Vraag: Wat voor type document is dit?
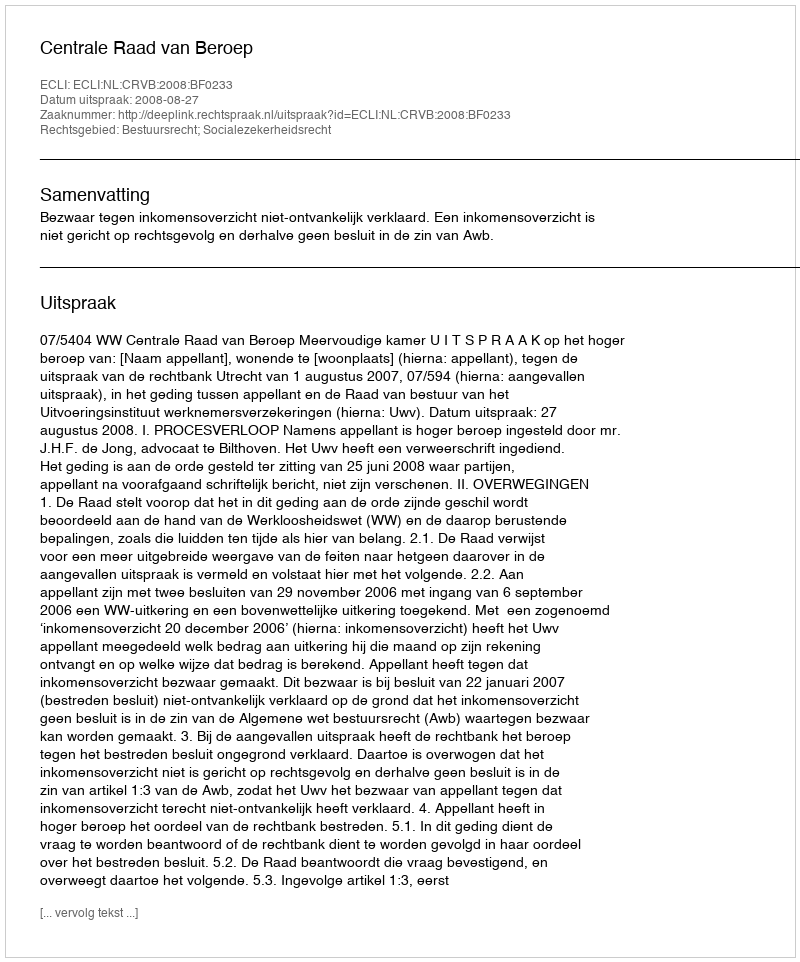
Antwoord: Uitspraak